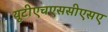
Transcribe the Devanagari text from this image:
यूटीएचएससीएसए